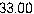
33.00